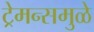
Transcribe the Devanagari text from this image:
ट्रेमन्समुळे